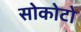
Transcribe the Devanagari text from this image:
सोकोटो